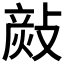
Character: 𢾬